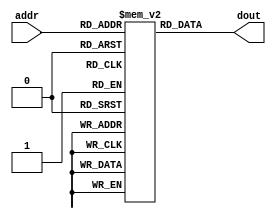
module inst_rom1s (
   input    [2:0]  addr,
   output   [18:0] dout
   );
	
	// r0:  stores 1
	// r4:  stores amount paid
	
	
   reg [18:0] mem [0:15];
    
   initial begin
	
		mem[0]  = 19'h7f000; // Dummy 
      mem[1]  = 19'h70001; // Load 1 into r0
		mem[2]  = 19'h04040; // Add 1 to r4
		mem[3]  = 19'h7f000; // Dummy - Write end_addr as 3
		
   end
   
	assign dout = mem[addr];
	
endmodule